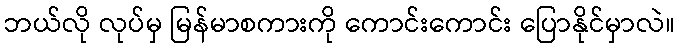
ဘယ်လို လုပ်မှ မြန်မာစကားကို ကောင်းကောင်း ပြောနိုင်မှာလဲ။